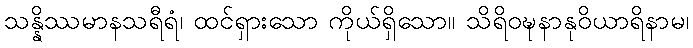
သန္နိဿမာနသရီရံ၊ ထင်ရှားသော ကိုယ်ရှိသော။ သိရိဝဍ္ဎနာနုဝိယာရိနာမ၊